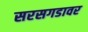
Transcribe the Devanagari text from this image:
सरसगडावर